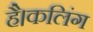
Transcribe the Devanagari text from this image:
है।कलिंग